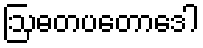
ဩဓတပတောဒေါ